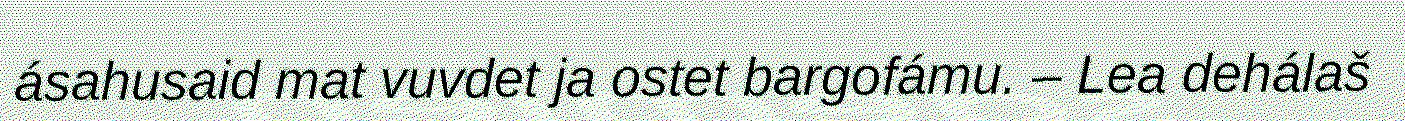
ásahusaid mat vuvdet ja ostet bargofámu. – Lea dehálaš